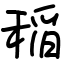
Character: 稲